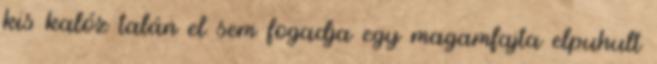
kis kalóz talán el sem fogadja egy magamfajta elpuhult